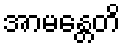
အာမန္တေတိ